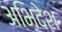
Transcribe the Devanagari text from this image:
अभिदेश